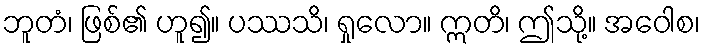
ဘူတံ၊ ဖြစ်၏ ဟူ၍။ ပဿသိ၊ ရှုလော။ ဣတိ၊ ဤသို့။ အဝေါစ၊